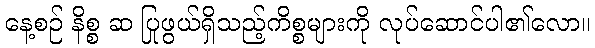
နေ့စဉ် နိစ္စ ဆ ပြုဖွယ်ရှိသည့်ကိစ္စများကို လုပ်ဆောင်ပါ၏လော။